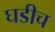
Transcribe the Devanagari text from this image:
घडीच